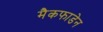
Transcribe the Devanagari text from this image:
मैकफाडेन